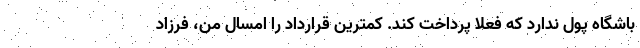
باشگاه پول ندارد که فعلا پرداخت کند. کمترین قرارداد را امسال من، فرزاد